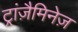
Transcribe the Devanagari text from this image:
ट्रांज़ैमिनेज़